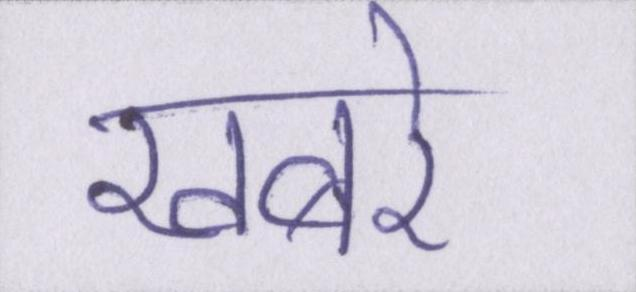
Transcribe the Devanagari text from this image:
खबरे